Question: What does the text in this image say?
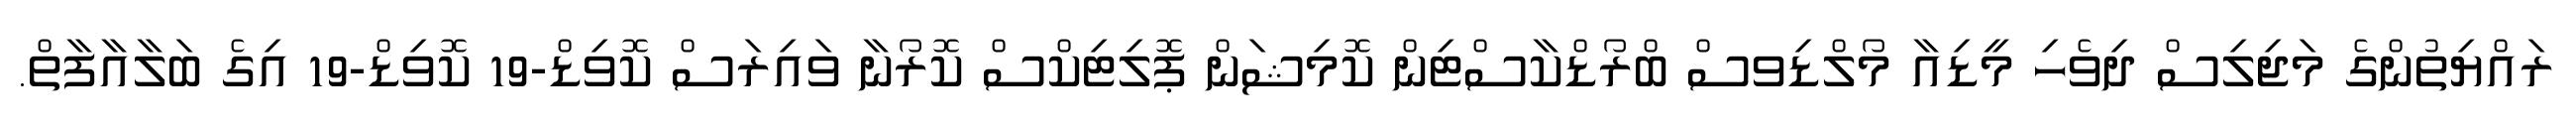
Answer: ރައްޔިތުންގެ މަޖިލިސް ދިވެހި މީޑިއާ މޯލްޑިވސް ބްރޯޑްކާސްޓިން ކޮމިޝަން ޕޮލިޓިކްސް ކޮރޯނާ ވައިރަސް ކޮވިޑް-19 ކޮވިޑް-19 އިގެ ބަލާއާފާތް.